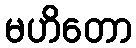
မဟိတော